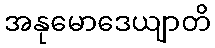
အနုမောဒေယျာတိ